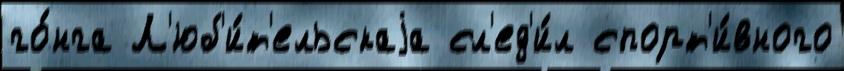
го́нга Л'юб'и́т'ельскаjа сл'ед'и́л спорт'и́вного